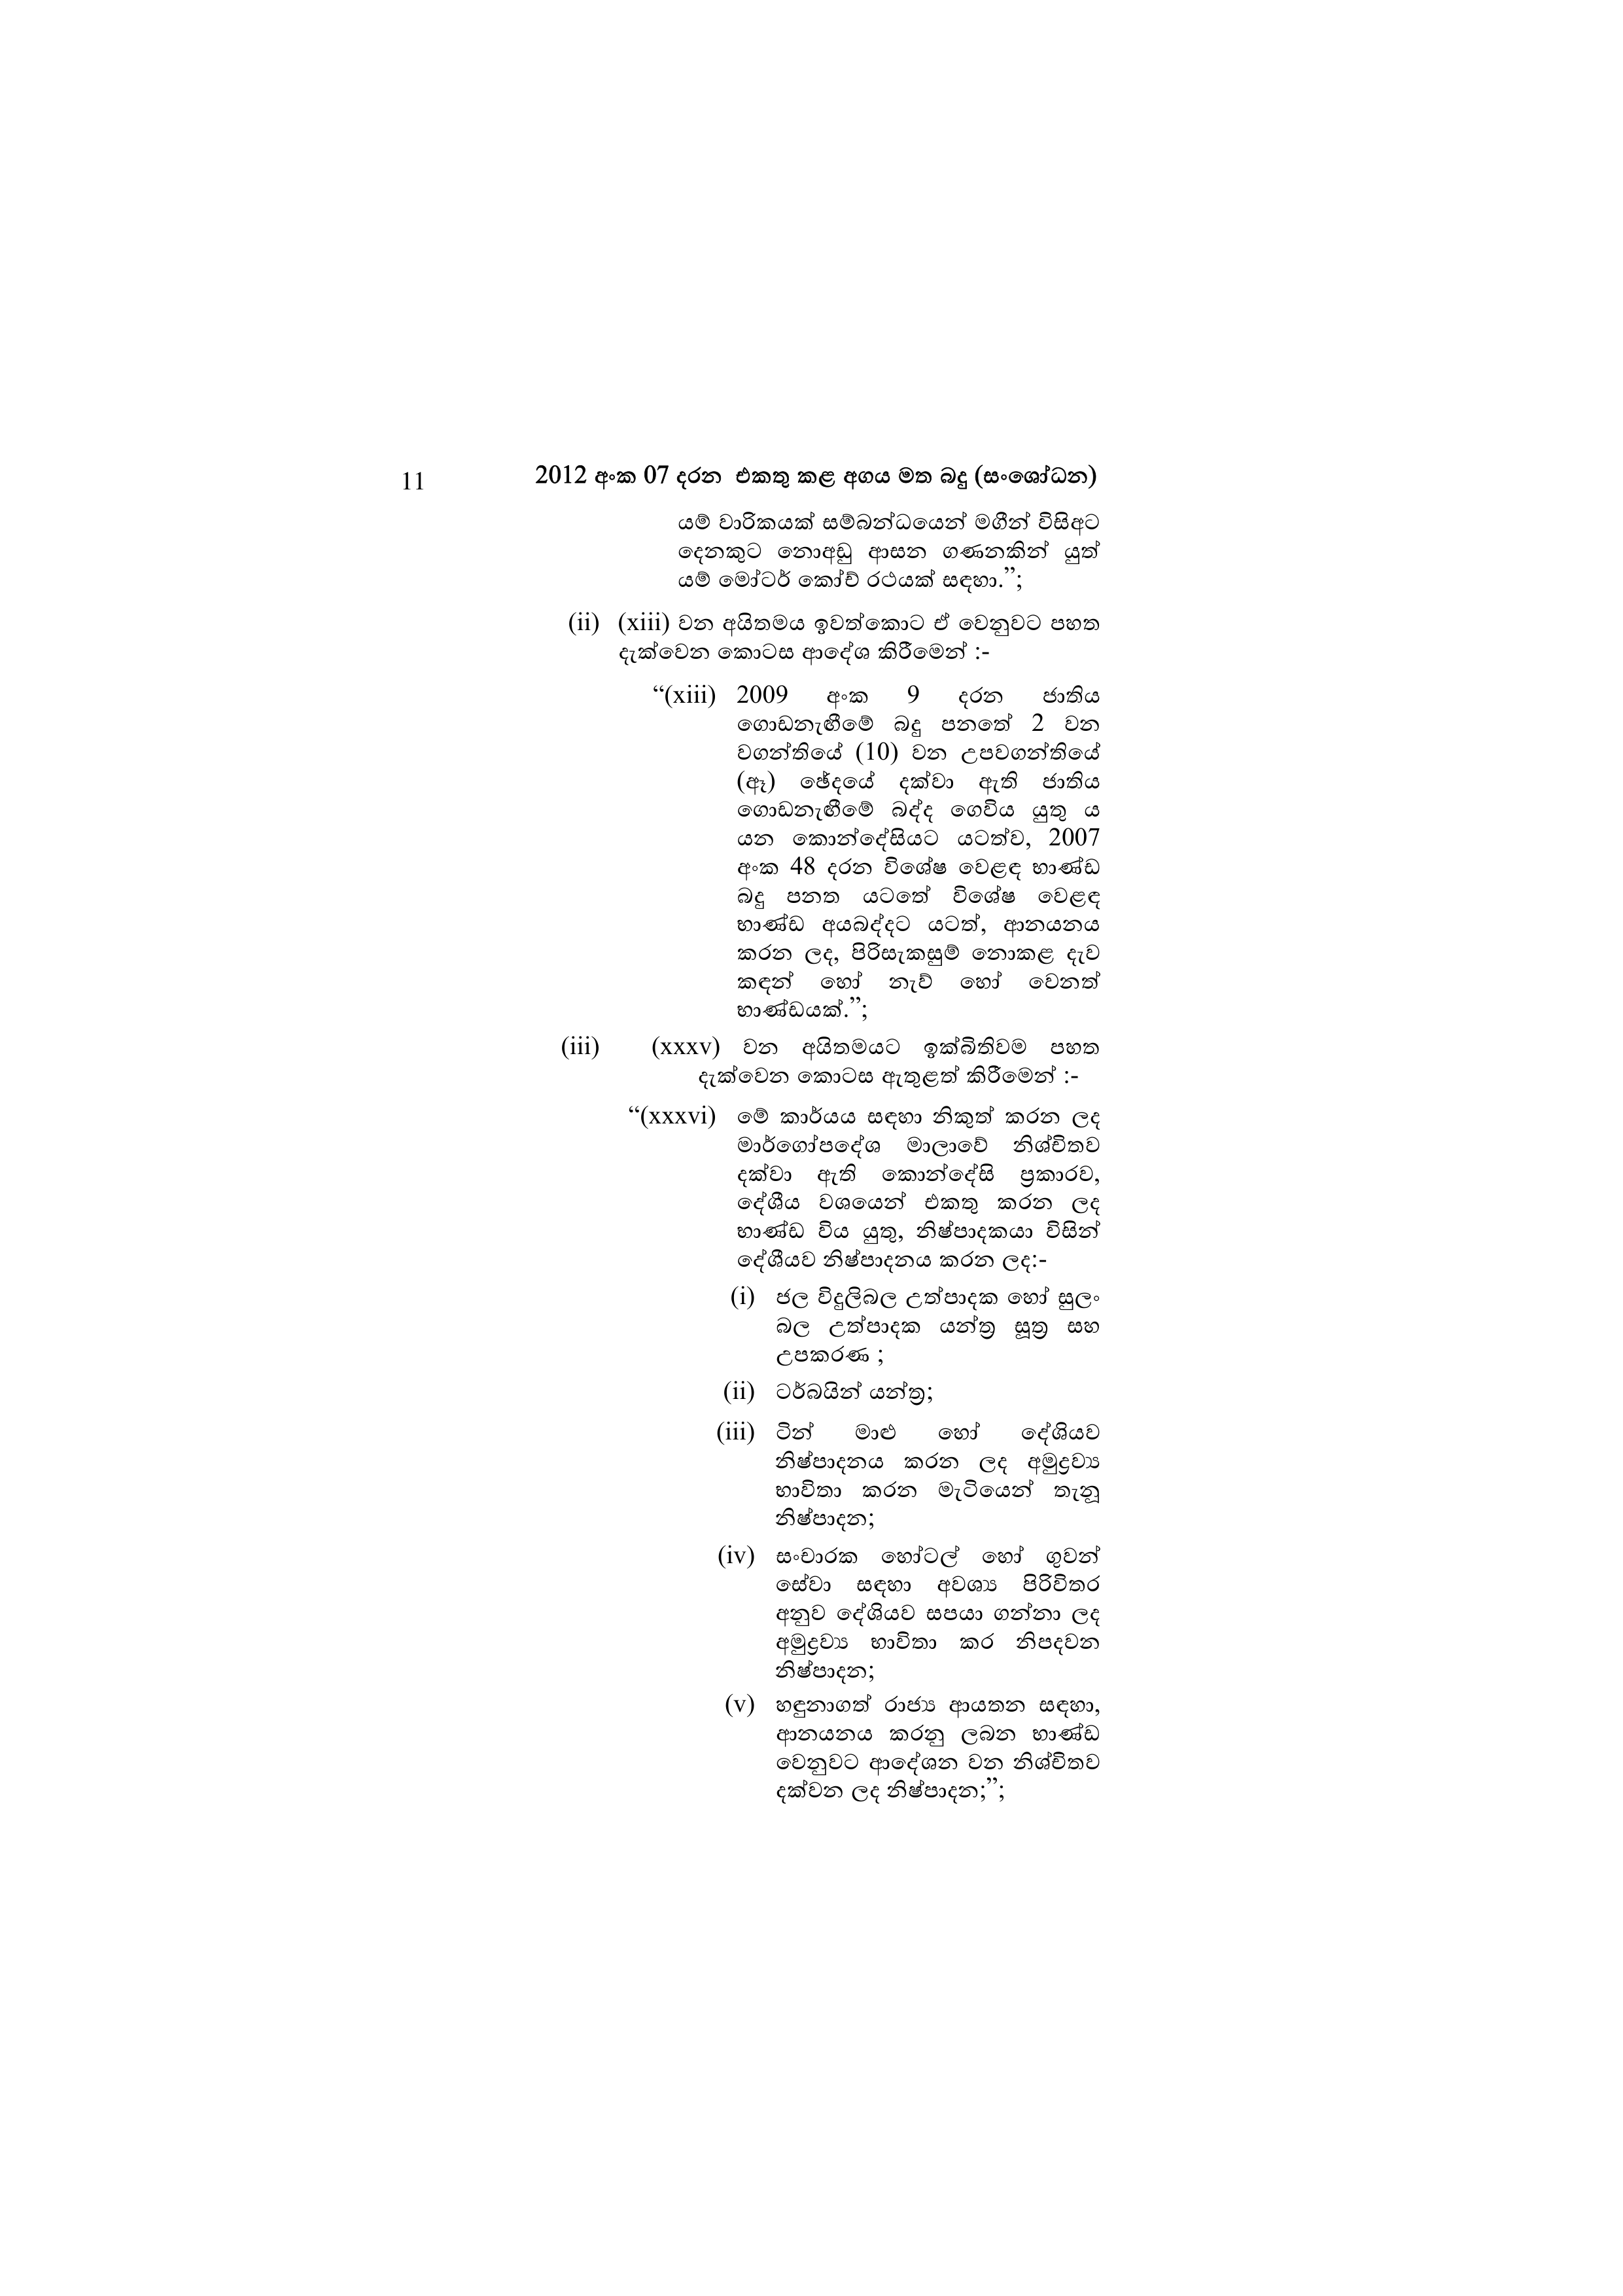
11 2012 අංක 07 දරන එකතු කළ අගය මත බදු (සංශෝධන)

යම් වාරිකයක් සම්බන්ධයෙන් මගීන් විසිඅට
දෙනකුට නොඅඩු ආසන ගණනකින් යුත්
යම් මෝටර් කෝච් රථයක් සඳහා.";

(ii) (xiii) වන අයිතමය ඉවත්කොට ඒ වෙනුවට පහත
දැක්වෙන කොටස ආදේශ කිරීමෙන් :-

"(xiii) 2009 අංක 9 දරන ජාතිය
ගොඩනැඟීමේ බදු පනතේ 2 වන
වගන්තියේ (10) වන උපවගන්තියේ
(ඈ) ඡේදයේ දක්වා ඇති ජාතිය
ගොඩනැඟීමේ බද්ද ගෙවිය යුතු ය
යන කොන්දේසියට යටත්ව, 2007
අංක 48 දරන විශේෂ වෙළඳ භාණ්ඩ
බදු පනත යටතේ විශේෂ වෙළඳ
භාණ්ඩ අයබද්දට යටත්, ආනයනය
කරන ලද, පිරිසැකසුම් නොකළ දැව
කඳන් හෝ නැව් හෝ වෙනත්
භාණ්ඩයක්.”;

(iii) (xxxv) වන අයිතමයට ඉක්බිතිවම පහත
දැක්වෙන කොටස ඇතුළත් කිරීමෙන් :-

“(xxxvi) මේ කාර්යය සඳහා නිකුත් කරන ලද
මාර්ගෝපදේශ මාලාවේ නිශ්චිතව
දක්වා ඇති කොන්දේසි ප්‍රකාරව,
දේශීය වශයෙන් එකතු කරන ලද
භාණ්ඩ විය යුතු, නිෂ්පාදකයා විසින්
දේශීයව නිෂ්පාදනය කරන ලද:-

(i) ජල විදුලිබල උත්පාදක හෝ සුලං
බල උත්පාදක යන්ත්‍ර සූත්‍ර සහ
උපකරණ ;

(ii) ටර්බයින් යන්ත්‍ර;

(iii) ටින් මාළු හෝ දේශියව
නිෂ්පාදනය කරන ලද අමුද්‍රව්‍ය
භාවිතා කරන මැටියෙන් තැනූ
නිෂ්පාදන;

(iv) සංචාරක හෝටල් හෝ ගුවන්
සේවා සඳහා අවශ්‍ය පිරිවිතර
අනුව දේශියව සපයා ගන්නා ලද
අමුද්‍රව්‍ය භාවිතා කර නිපදවන
නිෂ්පාදන;

(v) හඳුනාගත් රාජ්‍ය ආයතන සඳහා,
ආනයනය කරනු ලබන භාණ්ඩ
වෙනුවට ආදේශන වන නිශ්චිතව
දක්වන ලද නිෂ්පාදන;";